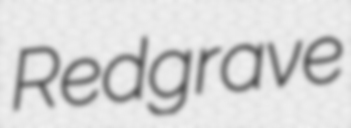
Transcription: Redgrave